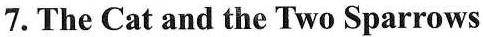
7.The Cat and the Two Sparrows